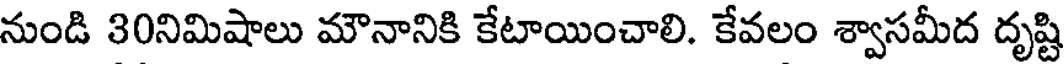
నుండి 30నిమిషాలు మౌనానికి కేటాయించాలి. కేవలం శ్వాసమీద దృష్టి